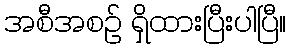
အစီအစဉ် ရှိထားပြီးပါပြီ။